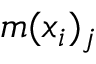
m ( { x } _ { i } ) _ { j }